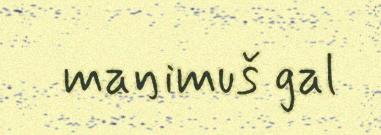
maŋimuš gal